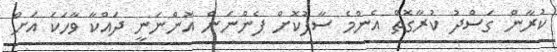
ކުރާން ގަސްދު ކުރާގޮތް އެންމެ ސާފުކޮށް ފެންނަން އޮންނަނީ ދައްކާ ވާހަކަ އަށް